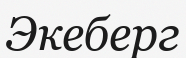
Экеберг